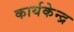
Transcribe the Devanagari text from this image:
कार्यकेन्द्र